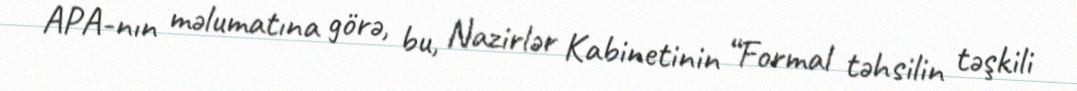
APA-nın məlumatına görə, bu, Nazirlər Kabinetinin “Formal təhsilin təşkili